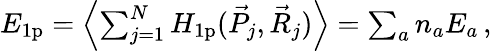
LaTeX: \begin{array}{r}{E_{\mathrm{1p}}={\left\langle{\sum_{j=1}^{N}H_{\mathrm{1p}}(\vec{P}_{j},\vec{R}_{j})}\right\rangle}=\sum_{a}n_{a}E_{a}\, ,}\end{array}